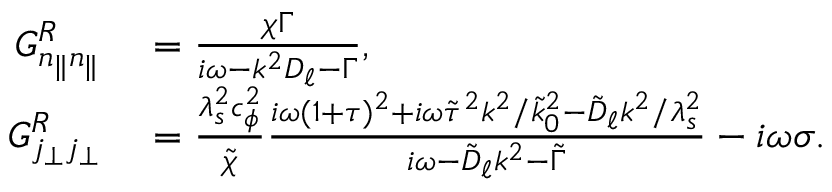
\begin{array} { r l } { G _ { n _ { \| } n _ { \| } } ^ { R } } & { { } = \frac { \chi \Gamma } { i \omega - k ^ { 2 } D _ { \ell } - \Gamma } , } \\ { G _ { j _ { \perp } j _ { \perp } } ^ { R } } & { { } = \frac { \lambda _ { s } ^ { 2 } c _ { \phi } ^ { 2 } } { \tilde { \chi } } \frac { i \omega ( 1 + \tau ) ^ { 2 } + i \omega \tilde { \tau } ^ { 2 } k ^ { 2 } / \tilde { k } _ { 0 } ^ { 2 } - \tilde { D } _ { \ell } k ^ { 2 } / \lambda _ { s } ^ { 2 } } { i \omega - \tilde { D } _ { \ell } k ^ { 2 } - \tilde { \Gamma } } - i \omega \sigma . } \end{array}